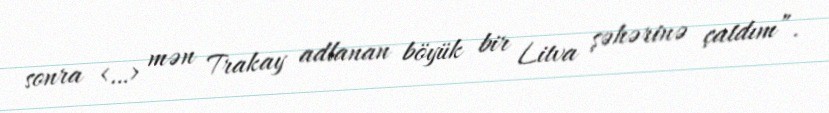
sonra <…> mən Trakay adlanan böyük bir Litva şəhərinə çatdım”.